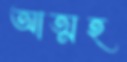
আত্মহ